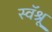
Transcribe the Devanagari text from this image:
स्वॅश्रू